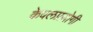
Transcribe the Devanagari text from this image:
केवलप्रयोगी